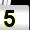
Digit: 5